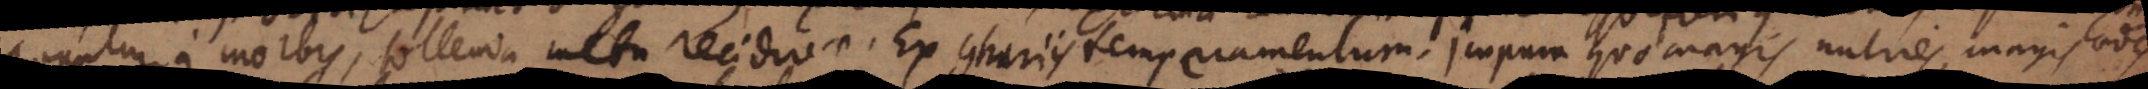
reliquuntur a morbis, tollenda metu recidiva. Ex contrariis temperamentum. Impura quo magis nutries, magis laedes